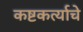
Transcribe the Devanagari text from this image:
कष्टकर्त्याचे